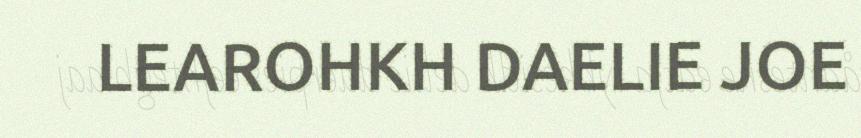
LEAROHKH DAELIE JOE